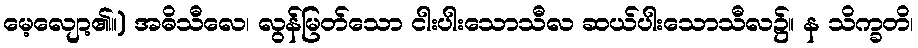
မေ့လျော့၏။) အဓိသီလေ၊ လွန်မြတ်သော ငါးပါးသောသီလ ဆယ်ပါးသောသီလ၌။ န သိက္ခတိ၊